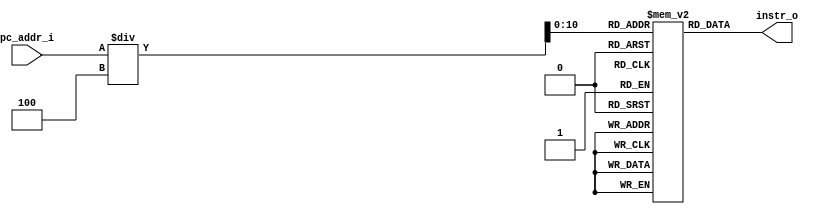
`define INSTR_NUM 2048
module Instr_Mem(
    pc_addr_i,
	instr_o
	);
     
//I/O ports
input  [64-1:0]  pc_addr_i;
output [32-1:0]	 instr_o;

//Internal Signals
reg    [32-1:0]	 instr_o;
integer          i;

//32 dwords Memory
/*DO NOT CHANGE INSTRUCTION MEM SIZE*/	
reg    [32-1:0]  Instr_Mem [0:`INSTR_NUM-1];

//Parameter
    
//Main function
always @(pc_addr_i) begin
	instr_o = Instr_Mem[pc_addr_i/4];
end
    
//Initial Memory Contents
initial begin
	for ( i=0; i<32; i=i+1 )
		Instr_Mem[i] = 64'b0; 	
end
endmodule